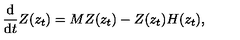
\displaystyle { \frac { \mathrm { d } } { \mathrm { d } t } Z ( z _ { t } ) = M Z ( z _ { t } ) - Z ( z _ { t } ) H ( z _ { t } ) } ,